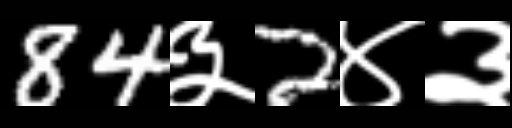
Text: 84३2४३